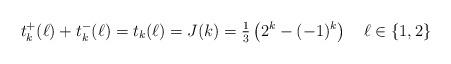
LaTeX: \begin{align*}t_k^{+}(\ell) + t_k^{-}(\ell)= t_k(\ell)= J(k) = \tfrac{1}{3}\left(2^k - (-1)^k\right) \quad \ell \in \{ 1,2 \} \end{align*}